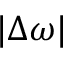
| \Delta \omega |